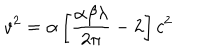
LaTeX: v ^ { 2 } = \alpha \left[ \frac { \alpha \beta \lambda } { 2 \pi } - 2 \right] c ^ { 2 }